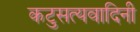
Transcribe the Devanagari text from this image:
कटुसत्यवादिनी